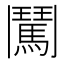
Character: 𮫕